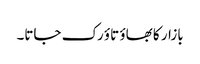
بازار کا بھاؤ تاؤ رک جاتا۔